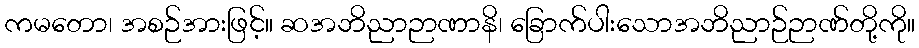
ကမတော၊ အစဉ်အားဖြင့်။ ဆအဘိညာဉာဏာနိ၊ ခြောက်ပါးသောအဘိညာဉ်ဉာဏ်တို့ကို။